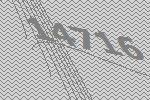
14716